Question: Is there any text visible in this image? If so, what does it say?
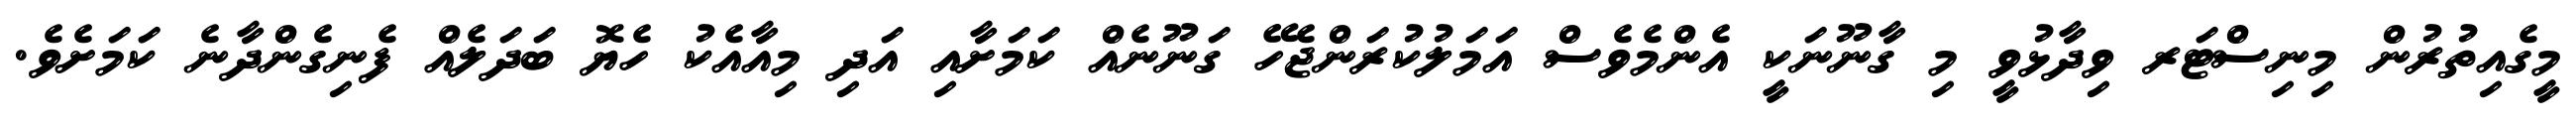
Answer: މީގެއިތުރުން މިނިސްޓަރ ވިދާޅުވީ މި ގާނޫނަކީ އެންމެވެސް އަމަލުކުރަންޖެހޭ ގަނޫނެއް ކަމަށާއި އަދި މިއާއެކު ހެޔޮ ބަދަލެއް ފެނިގެންދާނެ ކަމަށެވެ.